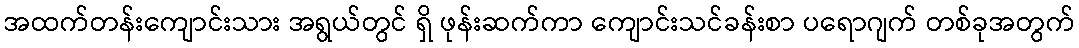
အထက်တန်းကျောင်းသား အရွယ်တွင် ရှိ ဖုန်းဆက်ကာ ကျောင်းသင်ခန်းစာ ပရောဂျက် တစ်ခုအတွက်